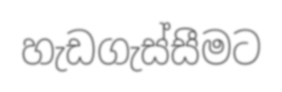
හැඩගැස්සීමට